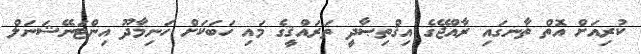
ކުރިއަށް އޮތް ތާނގައި ރާއްޖޭގެ އިޤްތިޞާދީ ތަރައްޤީގެ މައި ހަބަކަށް ހަނިމާދޫ އިންޓަނޭޝަނަލް